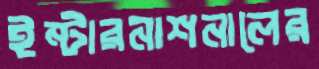
ইন্টারনাশনালের